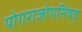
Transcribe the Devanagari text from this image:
योगराजोपनिषद्